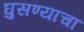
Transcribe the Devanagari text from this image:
घुसण्याचा